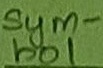
Text: Sym-bol